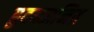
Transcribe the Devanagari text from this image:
हृदयजनित